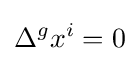
\Delta ^{g}x^{i}=0